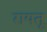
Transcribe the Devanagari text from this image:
रायतू